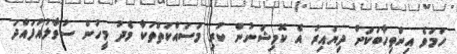
ހަމަވެ އިންތިހާބަކަށް ދިޔައިރު އެ ކޮމިޝަނުން ކުރި މަސައްކަތްތަކާ މެދު މީހުން ސުވާލުއުފައްދަ